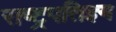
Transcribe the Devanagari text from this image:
राष्ट्रपतिज्ञ्य